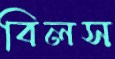
বিলস